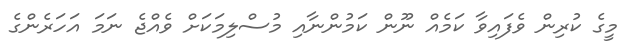
މީގެ ކުރިން ވެފައިވާ ކަމެއް ނޫން ކަމުންނާއި މުސްލިމަކަށް ވެއްޖެ ނަމަ އަހަރެންގެ